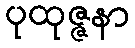
ပုထုဇ္ဇနာ